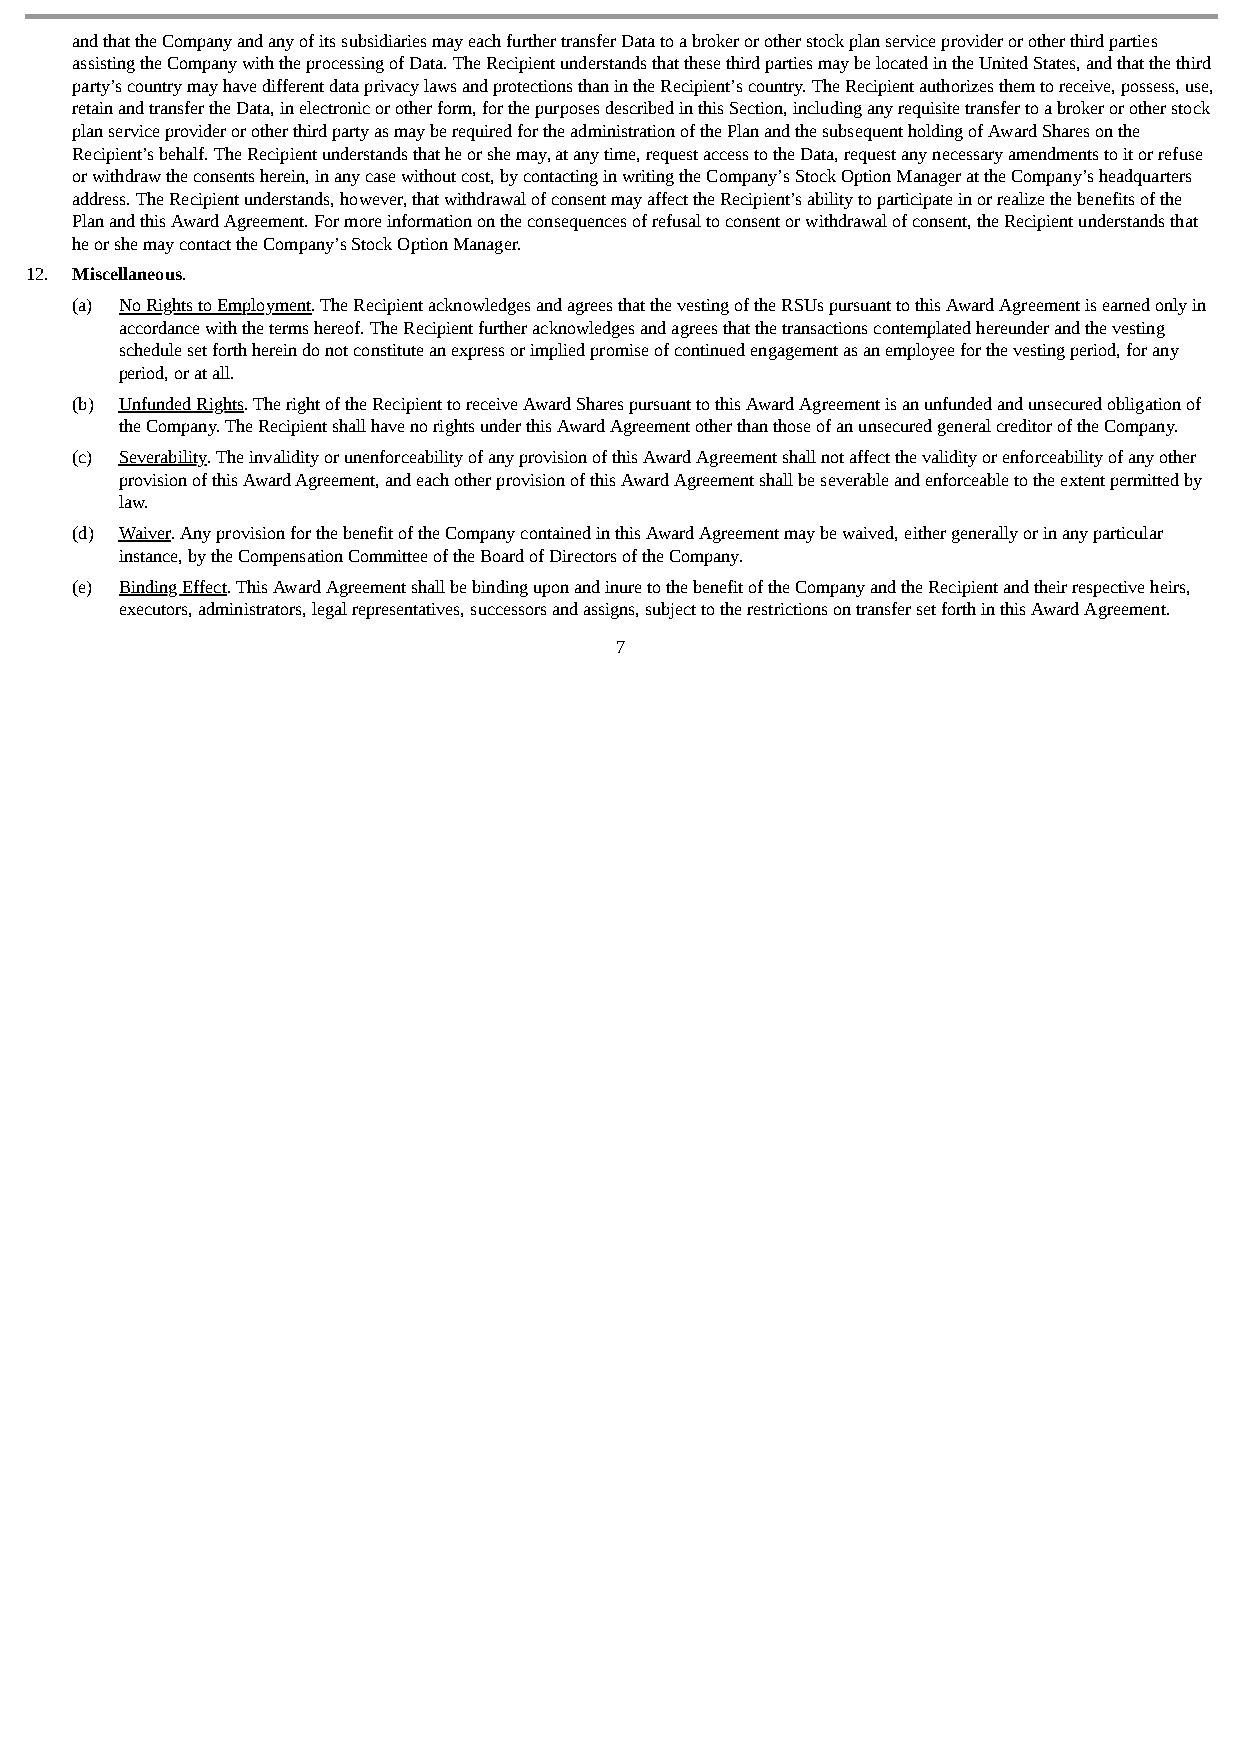
and that the Company and any of its subsidiaries may each further transfer Data to a broker or other stock plan service provider or other third parties
 assisting the Company with the processing of Data. The Recipient understands that these third parties may be located in the United States, and that the third
 party’s country may have different data privacy laws and protections than in the Recipient’s country. The Recipient authorizes them to receive, possess, use,
 retain and transfer the Data, in electronic or other form, for the purposes described in this Section, including any requisite transfer to a broker or other stock
 plan service provider or other third party as may be required for the administration of the Plan and the subsequent holding of Award Shares on the
 Recipient’s behalf. The Recipient understands that he or she may, at any time, request access to the Data, request any necessary amendments to it or refuse
 or withdraw the consents herein, in any case without cost, by contacting in writing the Company’s Stock Option Manager at the Company’s headquarters
 address. The Recipient understands, however, that withdrawal of consent may affect the Recipient’s ability to participate in or realize the benefits of the
 Plan and this Award Agreement. For more information on the consequences of refusal to consent or withdrawal of consent, the Recipient understands that
 he or she may contact the Company’s Stock Option Manager.
 12. Miscellaneous.
 (a) No Rights to Employment. The Recipient acknowledges and agrees that the vesting of the RSUs pursuant to this Award Agreement is earned only in
 accordance with the terms hereof. The Recipient further acknowledges and agrees that the transactions contemplated hereunder and the vesting
 schedule set forth herein do not constitute an express or implied promise of continued engagement as an employee for the vesting period, for any
 period, or at all.
 (b) Unfunded Rights. The right of the Recipient to receive Award Shares pursuant to this Award Agreement is an unfunded and unsecured obligation of
 the Company. The Recipient shall have no rights under this Award Agreement other than those of an unsecured general creditor of the Company.
 (c) Severability. The invalidity or unenforceability of any provision of this Award Agreement shall not affect the validity or enforceability of any other
 provision of this Award Agreement, and each other provision of this Award Agreement shall be severable and enforceable to the extent permitted by
 law.
 (d) Waiver. Any provision for the benefit of the Company contained in this Award Agreement may be waived, either generally or in any particular
 instance, by the Compensation Committee of the Board of Directors of the Company.
 (e) Binding Effect. This Award Agreement shall be binding upon and inure to the benefit of the Company and the Recipient and their respective heirs,
 executors, administrators, legal representatives, successors and assigns, subject to the restrictions on transfer set forth in this Award Agreement.
 7